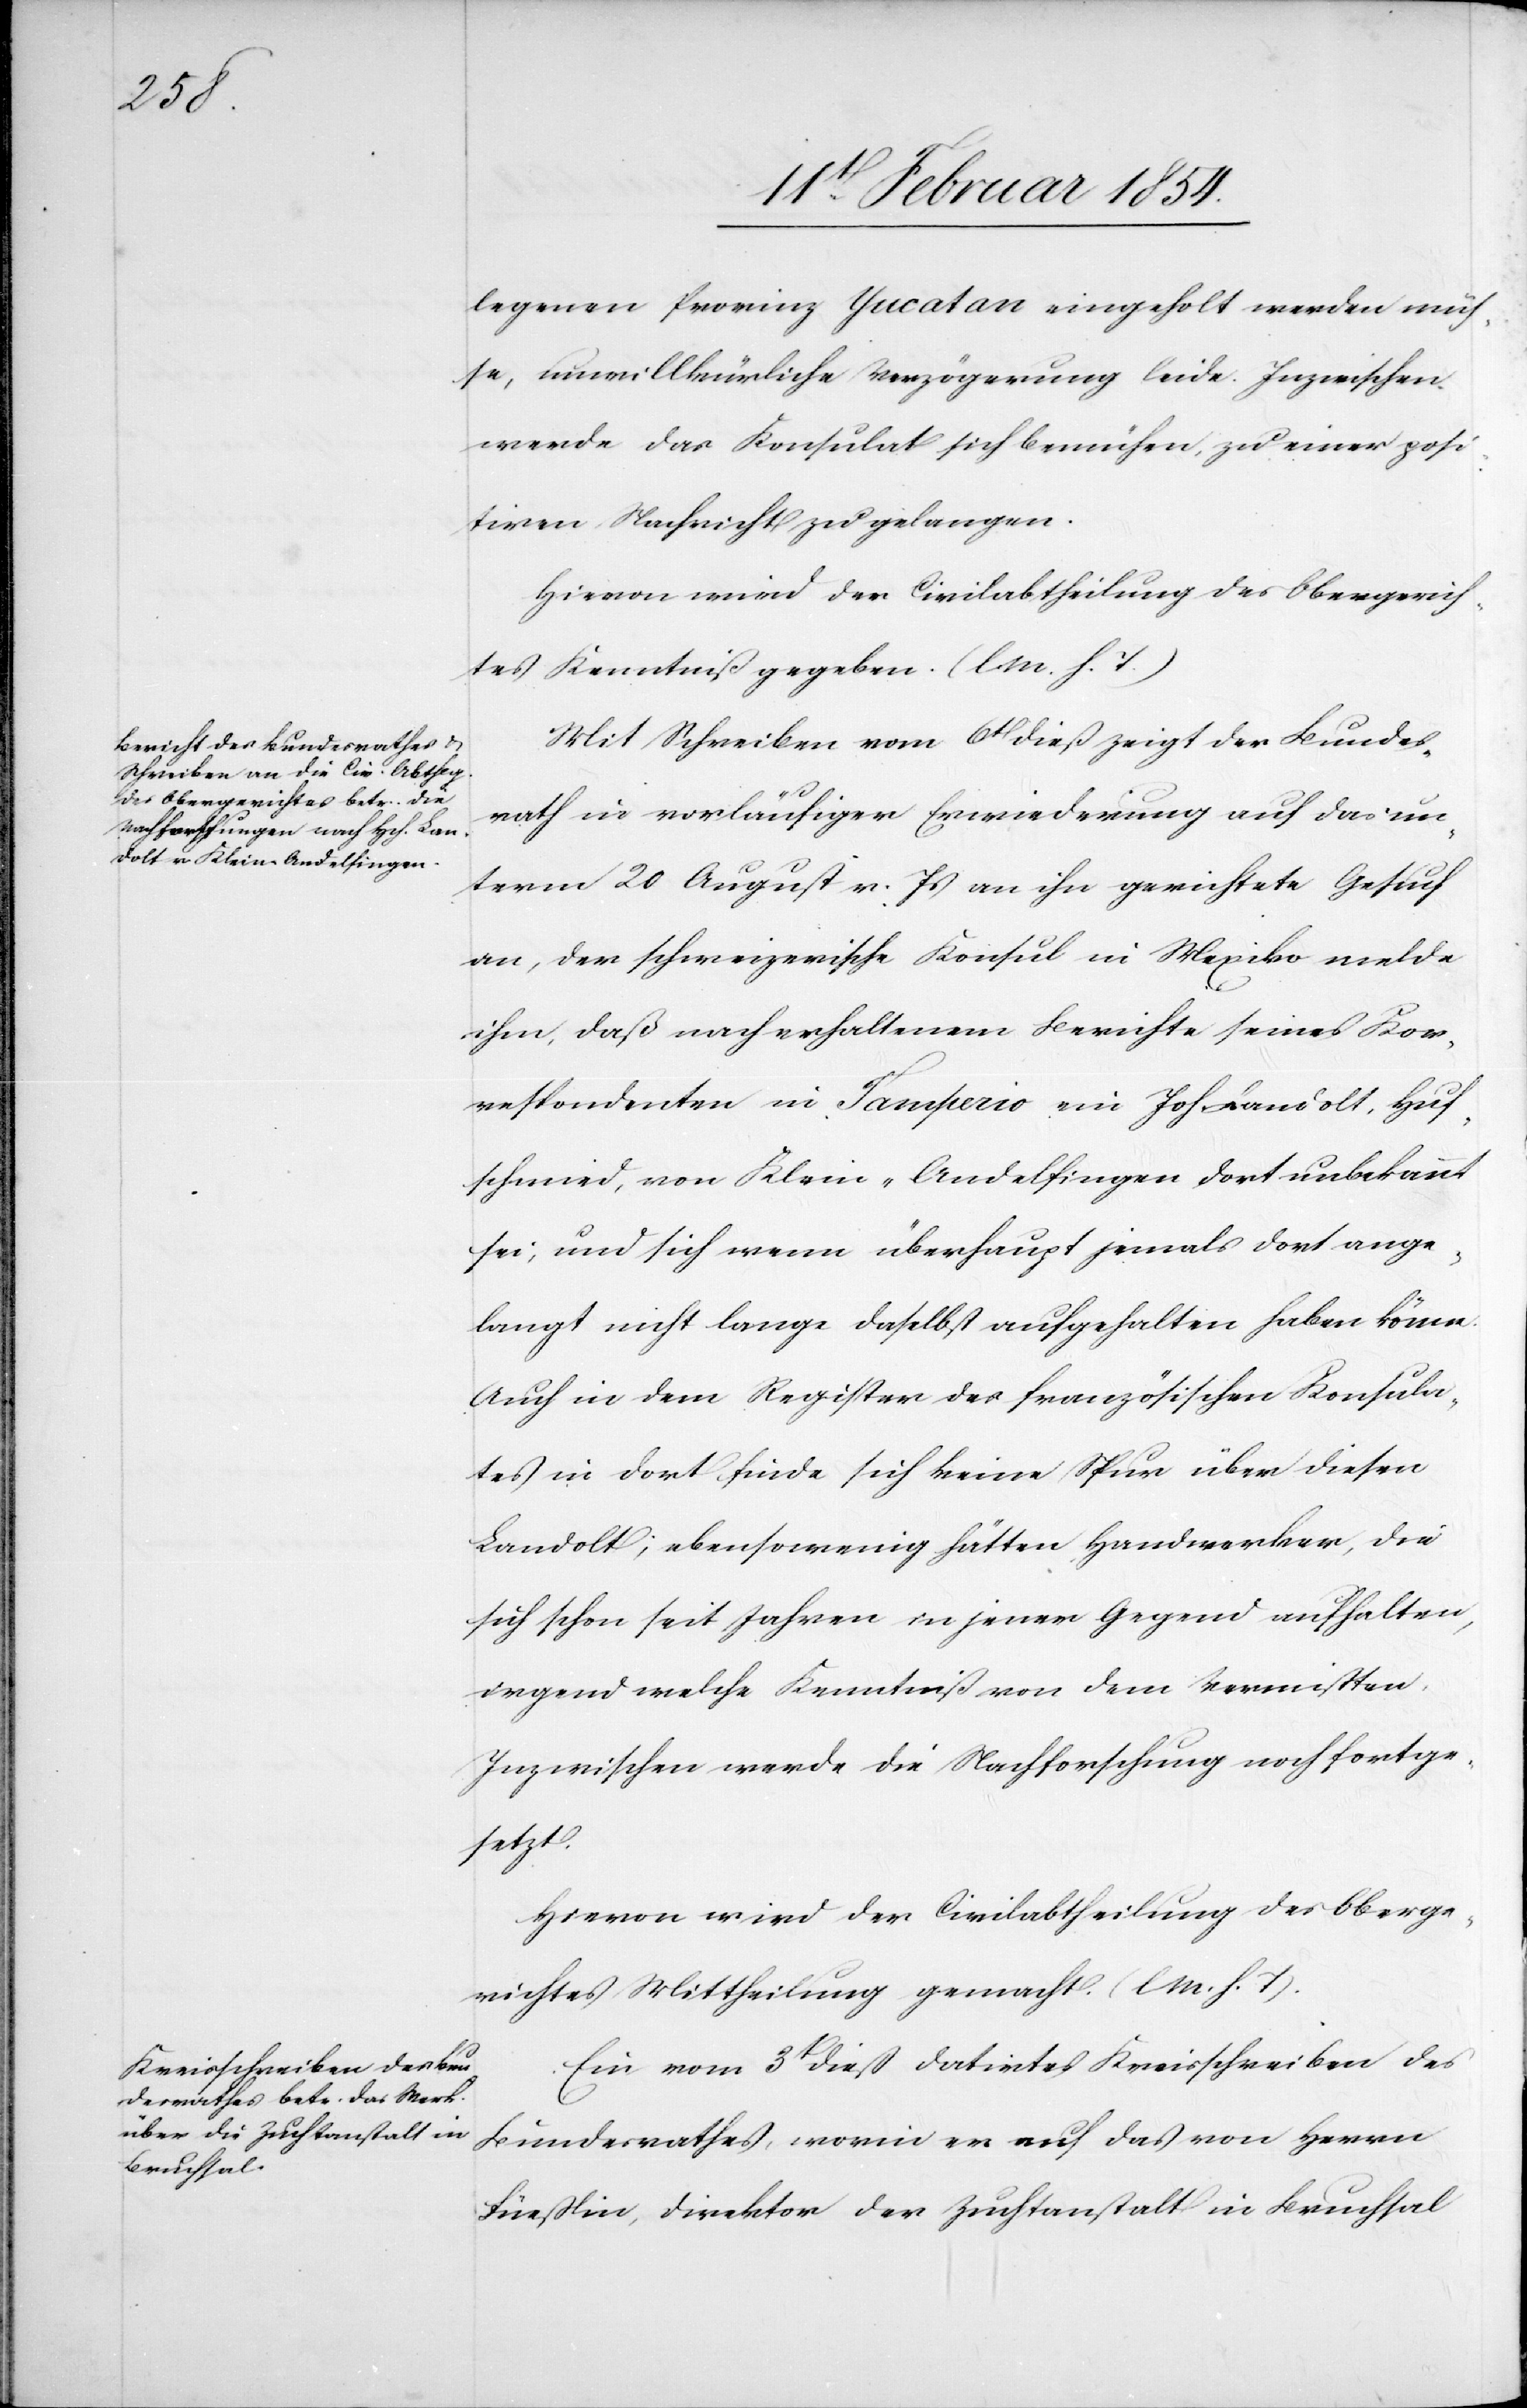
legenen Provinz Yucatan eingeholt werden müs¬
se, unwillkürliche Verzögerung leide. Inzwischen
werde das Konsulat sich bemühen, zu einer posi¬
tiven Nachricht zu gelangen.
Mit Schreiben vom 6t dieß zeigt der Bundes¬
rath in vorläufiger Erwiederung auf das un¬
term 20 August v. Js an ihn gerichtete Gesuch
an, daß nach erhaltenem Berichte seines Kor¬
respondenten in [?Jamperio] ein Joh. [sic!] Landolt, Huf¬
schmied, von Klein-Andelfingen dort unbekannt
sei, uns sich wenn überhaupt jemals dort ange¬
langt nicht lange daselbst aufgehalten haben könne.
Auch in dem Register des französischen Konsula¬
tes in dort finde sich keine Spur über diesen
Landolt; ebensowenig hätten Handwerker, die
sich schon seit Jahren in jener Gegen aufhalten,
irgend welche Kenntniß von dem Vermissten.
Inzwischen werde die Nachforschung noch fortge¬
setzt.
Hievon wird der Civilabtheilung des Oberge¬
richtes Mittheilung gemacht (l. M. h. T.).
Ein vom 3t dieß datirtes Kreisschreiben des
Bundesrathes, worin er auf das von Herrn
Füeßlin, Direktor der Zuchtanstalt in Bruchtal